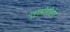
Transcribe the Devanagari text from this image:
ग्लुकोसीडेज़